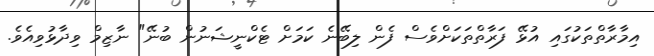
އިމާރާތްތަކުގައި އުޅޭ ފަރާތްތަކަށްވެސް ފެން ލިބޭނެ ކަމަށް ޓެކްނީޝަނުން ބުނޭ" ނާޒިމް ވިދާޅުވިއެވެ.